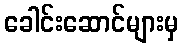
ခေါင်းဆောင်များမှ